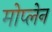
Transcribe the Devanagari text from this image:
मोप्लेन